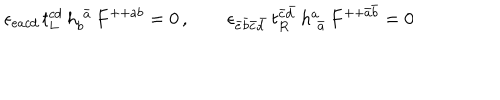
LaTeX: \epsilon _ { e a c d } \, t _ { L } ^ { c d } \, h _ { b } ^ { \, \, \bar { a } } \, F ^ { + + a b } = 0 \, , \qquad \epsilon _ { \bar { e } \bar { b } \bar { c } \bar { d } } \, t _ { R } ^ { \bar { c } \bar { d } } \, h _ { \, \, \bar { a } } ^ { a } \, F ^ { + + \bar { a } \bar { b } } = 0